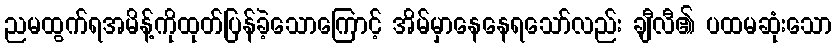
ညမထွက်ရအမိန့်ကိုထုတ်ပြန်ခဲ့သောကြောင့် အိမ်မှာနေနေရသော်လည်း ချီလီ၏ ပထမဆုံးသော